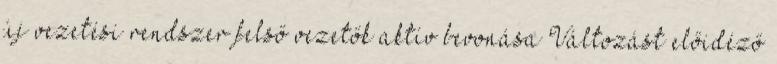
új vezetési rendszer felső vezetők aktív bevonása Változást előidéző